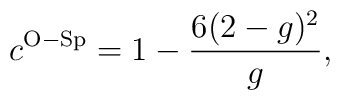
c^{\rm O-Sp} = 1 - \frac{6(2-g)^2}{g},